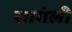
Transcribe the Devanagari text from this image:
सागंली